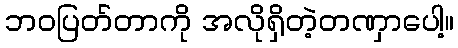
ဘဝပြတ်တာကို အလိုရှိတဲ့တဏှာပေါ့။